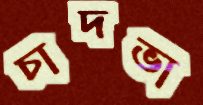
চাদভা